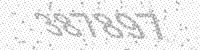
Solution: 387897